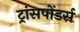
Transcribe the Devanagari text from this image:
ट्रांसपोंडर्स